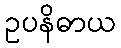
ဥပနိဓာယ